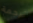
ترجمة